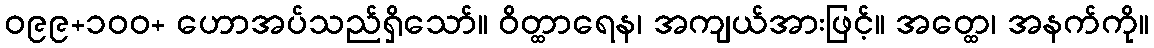
ဝ၉၉+၁၀၀+ ဟောအပ်သည်ရှိသော်။ ဝိတ္ထာရေန၊ အကျယ်အားဖြင့်။ အတ္ထေ၊ အနက်ကို။